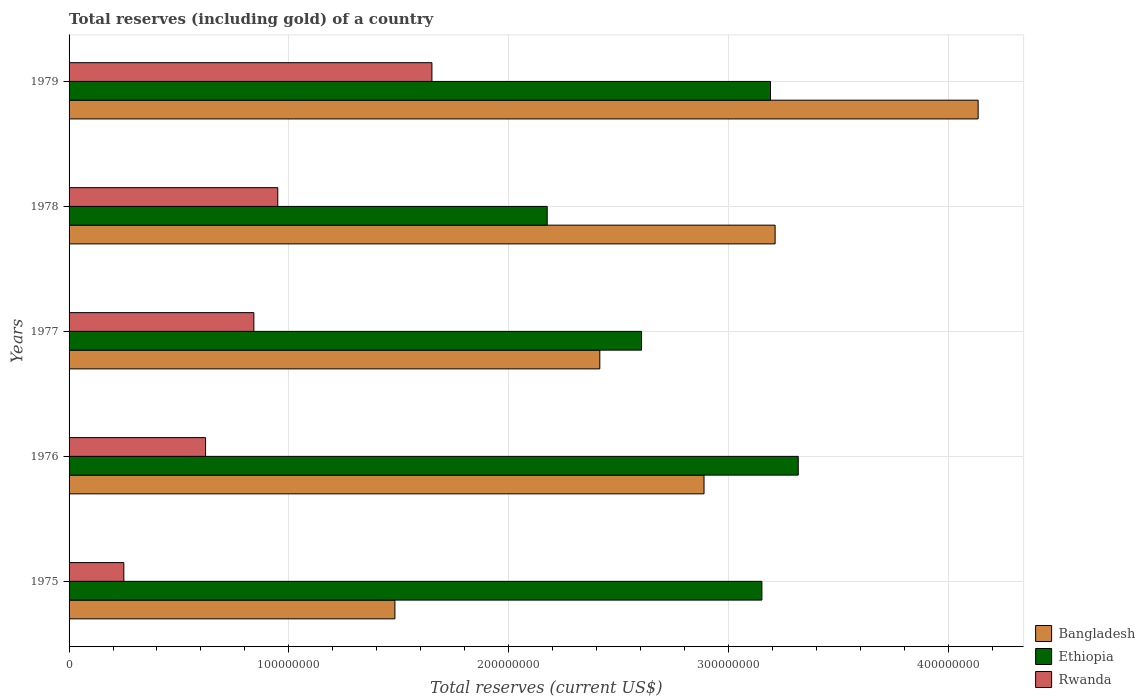
| Years | Bangladesh | Ethiopia | Rwanda |
 | --- | --- | --- | --- |
 | 1975 | 1.48e+08 | 3.15e+08 | 2.49e+07 |
 | 1976 | 2.89e+08 | 3.32e+08 | 6.21e+07 |
 | 1977 | 2.41e+08 | 2.6e+08 | 8.41e+07 |
 | 1978 | 3.21e+08 | 2.18e+08 | 9.5e+07 |
 | 1979 | 4.14e+08 | 3.19e+08 | 1.65e+08 |